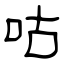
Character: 咕